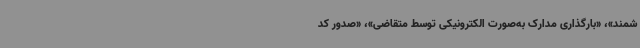
شمند»، «بارگذاری مدارک به‌صورت الکترونیکی توسط متقاضی»، «صدور کد